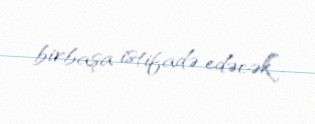
birbaşa istifadə edəcək”.